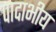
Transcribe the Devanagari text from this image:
पादाभीय